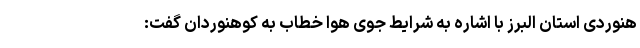
هنوردی استان البرز با اشاره به شرایط جوی هوا خطاب به کوهنوردان گفت: